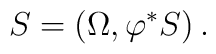
S=(\Omega , \varphi^* S)\,.